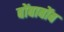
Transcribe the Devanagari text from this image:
बोंबाबोंब